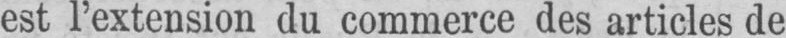
est l’extension du commerce des articles de